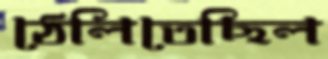
ঠেলিতেছিল